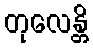
တုလေန္တိ